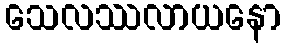
သေလဿလာယနော